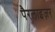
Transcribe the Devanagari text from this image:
पैरलाइज़र